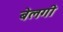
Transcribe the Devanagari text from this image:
बेलगी